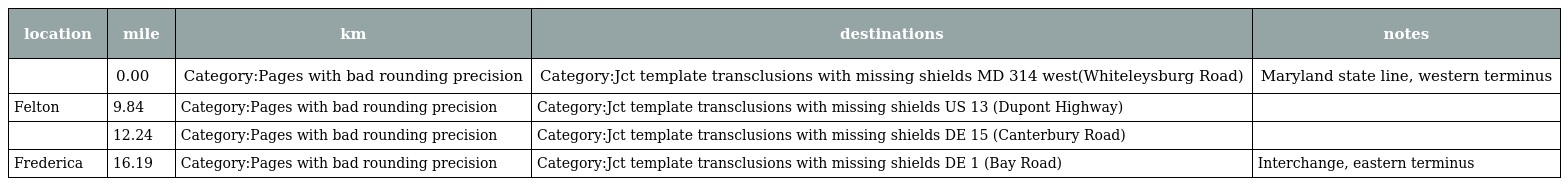
| location | mile | km | destinations | notes |
 | --- | --- | --- | --- | --- |
 |  | 0.00 | Category:Pages with bad rounding precision | Category:Jct template transclusions with missing shields MD 314 west(Whiteleysburg Road) | Maryland state line, western terminus |
 | Felton | 9.84 | Category:Pages with bad rounding precision | Category:Jct template transclusions with missing shields US 13 (Dupont Highway) |  |
 |  | 12.24 | Category:Pages with bad rounding precision | Category:Jct template transclusions with missing shields DE 15 (Canterbury Road) |  |
 | Frederica | 16.19 | Category:Pages with bad rounding precision | Category:Jct template transclusions with missing shields DE 1 (Bay Road) | Interchange, eastern terminus |